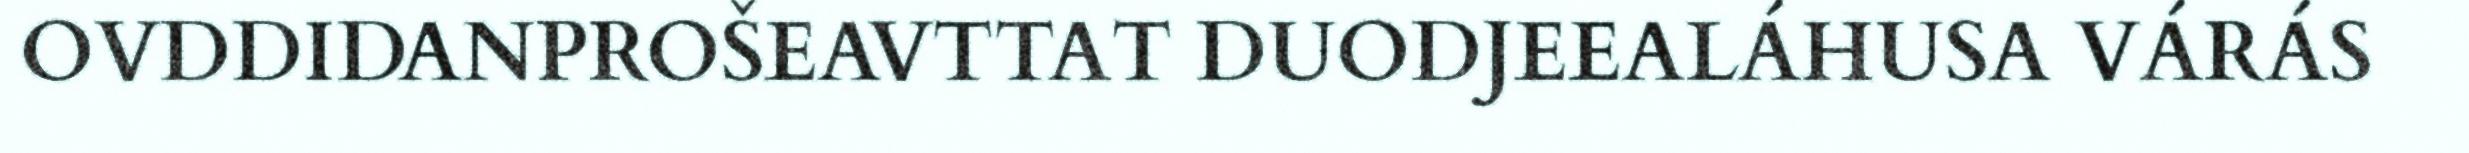
OVDDIDANPROŠEAVTTAT DUODJEEALÁHUSA VÁRÁS